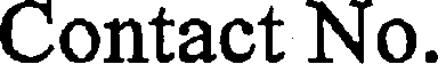
Contact No.